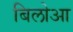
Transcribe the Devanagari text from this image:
बिलोआ